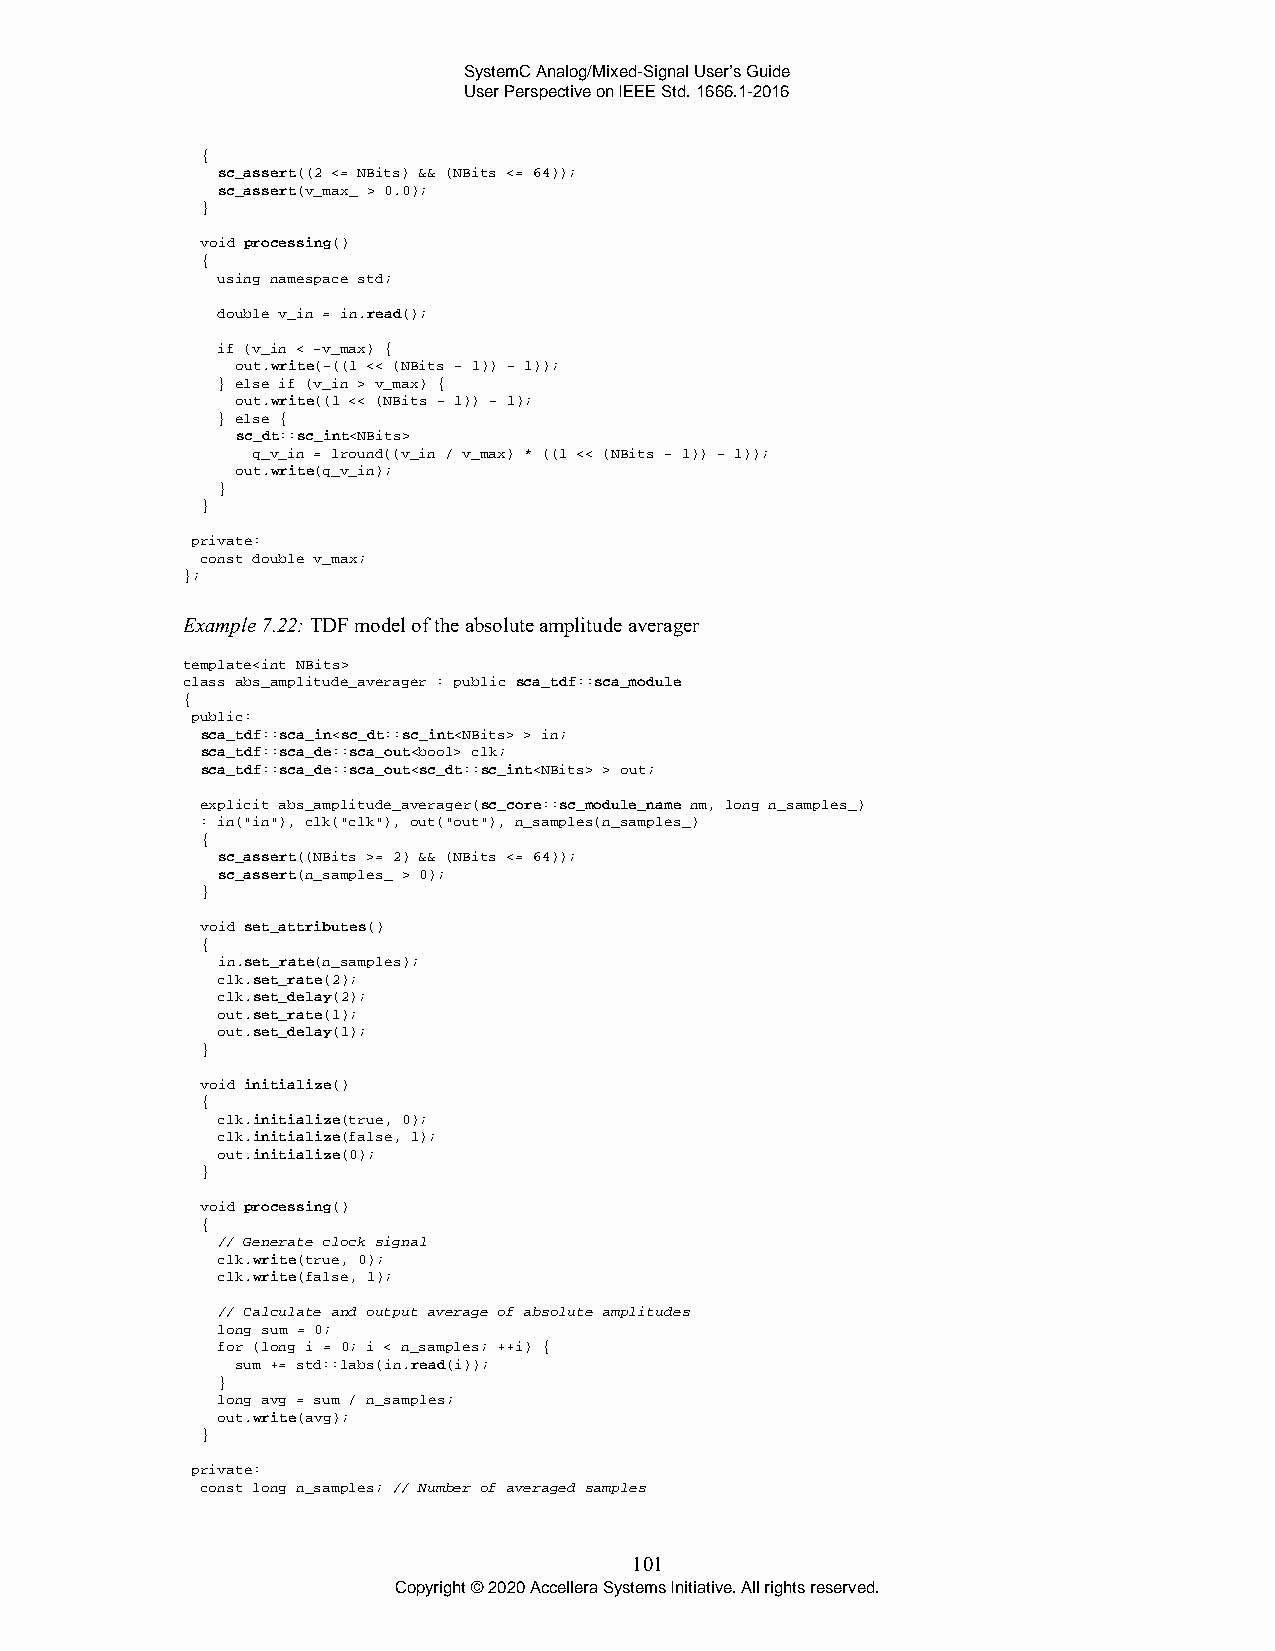
SystemC Analog/Mixed-Signal User’s Guide
 User Perspective on IEEE Std. 1666.1-2016
 {
 sc_assert((2 <= NBits) && (NBits <= 64));
 sc_assert(v_max_ > 0.0);
 }
 void processing()
 {
 using namespace std;
 double v_in = in.read();
 if (v_in < -v_max) {
 out.write(-((1 << (NBits - 1)) - 1));
 } else if (v_in > v_max) {
 out.write((1 << (NBits - 1)) - 1);
 } else {
 sc_dt::sc_int<NBits>
 q_v_in = lround((v_in / v_max) * ((1 << (NBits - 1)) - 1));
 out.write(q_v_in);
 }
 }
 private:
 const double v_max;
 };
 Example 7.22: TDF model of the absolute amplitude averager
 template<int NBits>
 class abs_amplitude_averager : public sca_tdf::sca_module
 {
 public:
 sca_tdf::sca_in<sc_dt::sc_int<NBits> > in;
 sca_tdf::sca_de::sca_out<bool> clk;
 sca_tdf::sca_de::sca_out<sc_dt::sc_int<NBits> > out;
 explicit abs_amplitude_averager(sc_core::sc_module_name nm, long n_samples_)
 : in("in"), clk("clk"), out("out"), n_samples(n_samples_)
 {
 sc_assert((NBits >= 2) && (NBits <= 64));
 sc_assert(n_samples_ > 0);
 }
 void set_attributes()
 {
 in.set_rate(n_samples);
 clk.set_rate(2);
 clk.set_delay(2);
 out.set_rate(1);
 out.set_delay(1);
 }
 void initialize()
 {
 clk.initialize(true, 0);
 clk.initialize(false, 1);
 out.initialize(0);
 }
 void processing()
 {
 // Generate clock signal
 clk.write(true, 0);
 clk.write(false, 1);
 // Calculate and output average of absolute amplitudes
 long sum = 0;
 for (long i = 0; i < n_samples; ++i) {
 sum += std::labs(in.read(i));
 }
 long avg = sum / n_samples;
 out.write(avg);
 }
 private:
 const long n_samples; // Number of averaged samples
 101
 Copyright © 2020 Accellera Systems Initiative. All rights reserved.